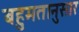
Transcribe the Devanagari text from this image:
बहुमतानुसार